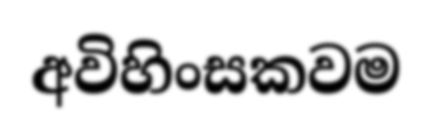
අවිහිංසකවම